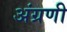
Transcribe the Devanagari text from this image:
अंग्रणी